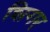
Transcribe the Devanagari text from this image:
शिगर